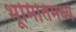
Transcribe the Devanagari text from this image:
भूमितिमध्ये